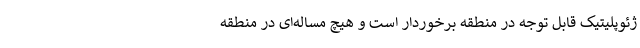
ژئوپلیتیک قابل توجه در منطقه برخوردار است و هیچ مساله‌ای در منطقه